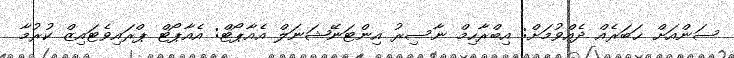
ސަންއަށް ޚަބަރެއް ދެއްވުމަށް: އިބްރާހިމް ނާސިރު އިންޓަނޭޝަނަލް އެއާޕޯޓް: އެއާޕޯޓް ޕްރައިވެޓައިޒް ކުރުމާ